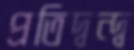
প্রতিদ্বন্দ্ব